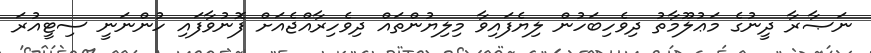
ނަޞާރާ ދީނުގެ މަޢުލޫމާތު ދިވެހިބަހުން ލިޔެފައިވާ މިލިޔުންތައް ދިވެހިރާއްޖެއަށް ފޮނުވާފައި ހުންނަނީ ސިޓީއުރަ